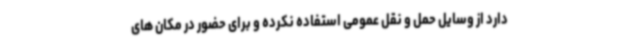
دارد از وسایل حمل و نقل عمومی استفاده نکرده و برای حضور در مکان های